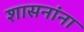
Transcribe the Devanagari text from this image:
शासनांना